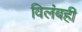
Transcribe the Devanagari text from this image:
विलंबही